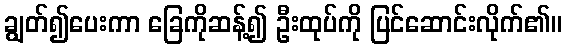
ချွတ်၍ပေးကာ ခြေကိုဆန့်၍ ဦးထုပ်ကို ပြင်ဆောင်းလိုက်၏။